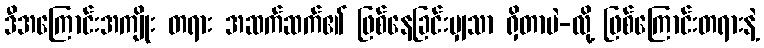
ဒီအကြောင်းအကျိုး တရား အဆက်ဆက်၏ ဖြစ်နေခြင်းမျှသာ ရှိတာပဲ-လို့ ဖြစ်ကြောင်းတရားနဲ့